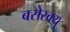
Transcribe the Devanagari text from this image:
बसेस्क्यु